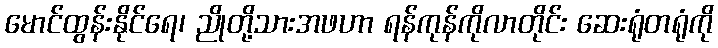
မောင်ထွန်းနိုင်ရေ၊ ညိုတို့သားအဖဟာ ရန်ကုန်ကိုလာတိုင်း ဆေးရုံတရုံကို